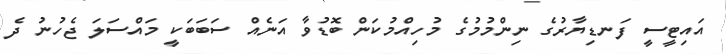
އައިޓީސީ ފަނޑިޔާރުގެ ނިންމުމުގެ މުހިއްމުކަން ބޮޑުވާ އަނެއް ސަބަބަކީ މައްސަލަ ޖެހުނު ދެ